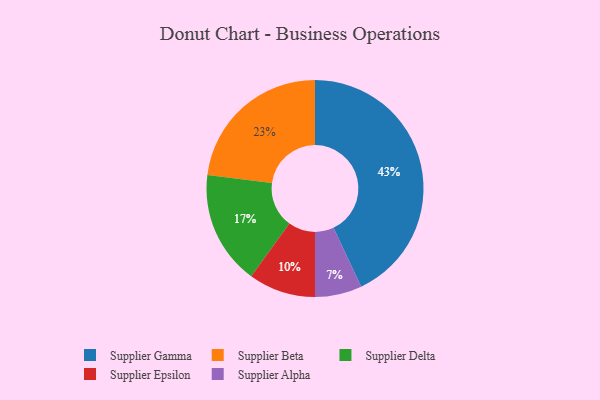
{"axis": {"x": "Category", "y": "Percentage"}, "legend": ["Supplier Alpha", "Supplier Beta", "Supplier Delta", "Supplier Epsilon", "Supplier Gamma"], "data": [{"x": "Supplier Delta", "y": 17, "type": "Supplier Delta"}, {"x": "Supplier Epsilon", "y": 10, "type": "Supplier Epsilon"}, {"x": "Supplier Gamma", "y": 43, "type": "Supplier Gamma"}, {"x": "Supplier Alpha", "y": 7, "type": "Supplier Alpha"}, {"x": "Supplier Beta", "y": 23, "type": "Supplier Beta"}]}